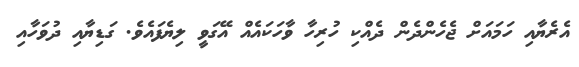
އެރެޔާއި ހަމައަށް ޖެހެންދެން ދެއްކި ހުރިހާ ވާހަކައެއް އޭގަވީ ލިޔެފައެވެ. ގަޑިޔާއި ދުވަހާއި